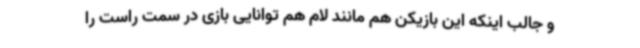
و جالب اینکه این بازیکن هم مانند لام هم توانایی بازی در سمت راست را